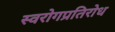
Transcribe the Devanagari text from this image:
स्वरोगप्रतिरोध